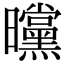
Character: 曭